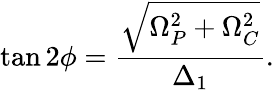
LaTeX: \tan 2\phi=\frac{\sqrt{\Omega_{P}^{2}+\Omega_{C}^{2}}}{\Delta_{1}}.